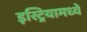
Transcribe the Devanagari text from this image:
इस्ट्रियामध्ये